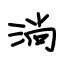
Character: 淌